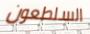
السلطعون